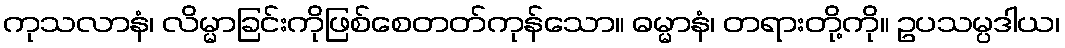
ကုသလာနံ၊ လိမ္မာခြင်းကိုဖြစ်စေတတ်ကုန်သော။ ဓမ္မာနံ၊ တရားတို့ကို။ ဥပသမ္ပဒါယ၊